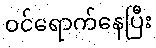
ဝင်ရောက်နေပြီး